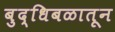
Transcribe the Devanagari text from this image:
बुद्धिबळातून